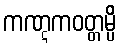
ကဏ္ဋကဝတ္တမ္ပိ